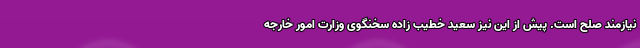
نیازمند صلح است. پیش از این نیز سعید خطیب زاده سخنگوی وزارت امور خارجه